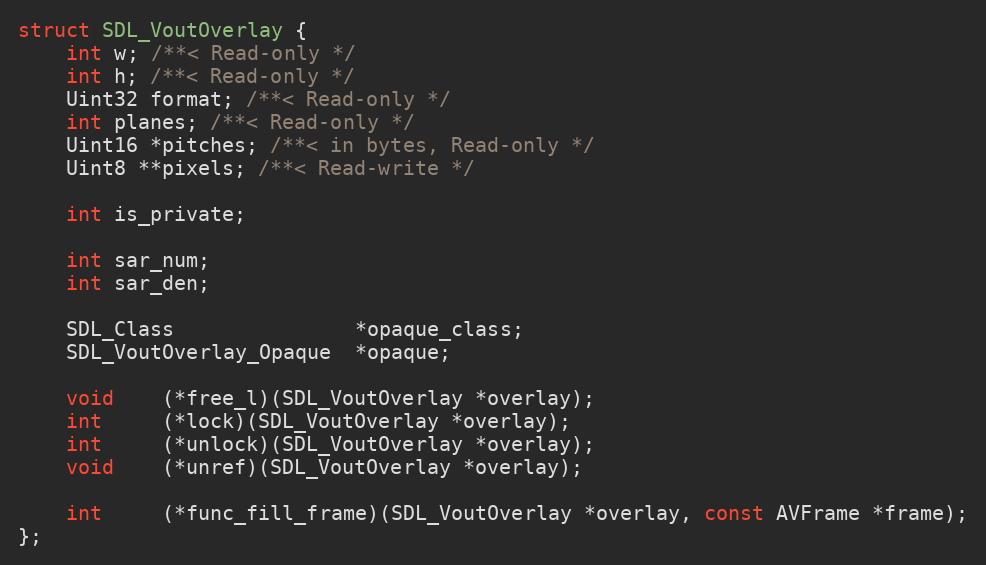
Language: C
struct SDL_VoutOverlay {
    int w; /**< Read-only */
    int h; /**< Read-only */
    Uint32 format; /**< Read-only */
    int planes; /**< Read-only */
    Uint16 *pitches; /**< in bytes, Read-only */
    Uint8 **pixels; /**< Read-write */

    int is_private;

    int sar_num;
    int sar_den;

    SDL_Class               *opaque_class;
    SDL_VoutOverlay_Opaque  *opaque;

    void    (*free_l)(SDL_VoutOverlay *overlay);
    int     (*lock)(SDL_VoutOverlay *overlay);
    int     (*unlock)(SDL_VoutOverlay *overlay);
    void    (*unref)(SDL_VoutOverlay *overlay);

    int     (*func_fill_frame)(SDL_VoutOverlay *overlay, const AVFrame *frame);
};